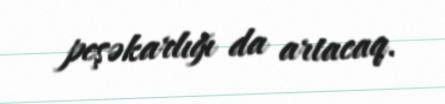
peşəkarlığı da artacaq.